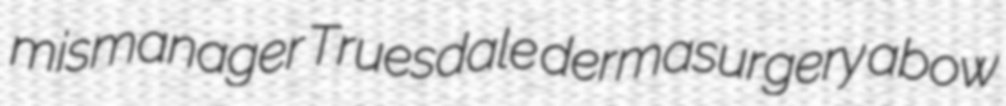
mismanager Truesdale dermasurgery abow